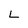
Character: L